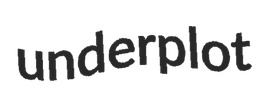
underplot